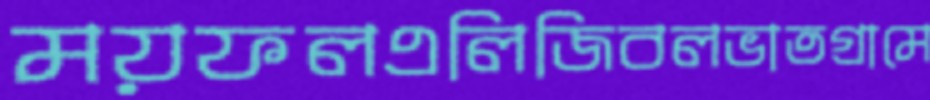
ময়ফলএলিজিবলভাতগ্রামে